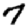
Digit: 7